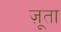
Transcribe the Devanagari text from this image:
ज़ूता